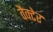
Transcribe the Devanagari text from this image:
वैक्टेर